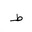
Letter: _da